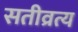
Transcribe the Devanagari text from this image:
सतीव्रत्य